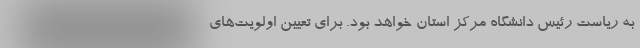
به ریاست رئیس دانشگاه مرکز استان خواهد بود. برای تعیین اولویت‌های